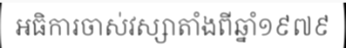
អធិការចាស់វស្សាតាំងពីឆ្នាំ១៩៧៩